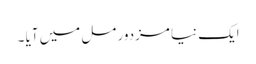
ایک نیا مزدور مل میں آیا ۔